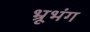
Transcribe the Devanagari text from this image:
भ्रूभंग